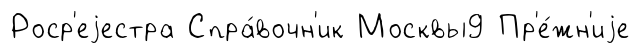
Роср'еjестра Спра́вочн'ик Москвы9 Пр'е́жн'иjе